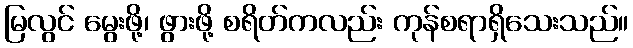
မြလွင် မွေးဖို့၊ ဖွားဖို့ စရိတ်ကလည်း ကုန်စရာရှိသေးသည်။